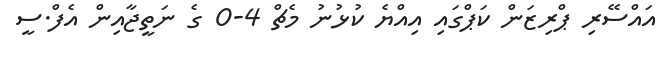
އައްސޭރި ޕްރިޒަން ކަޕްގައި އިއްޔެ ކުޅުނު މެޗް 4-0 ގެ ނަތީޖާއިން އެފް.ސީ